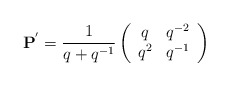
\begin{align*}{\bf P}^{'}=\frac{1}{q+q^{-1}}\left(\begin{array}{cc}q&q^{-2}\\q^{2}&q^{-1}\end{array}\right)\end{align*}